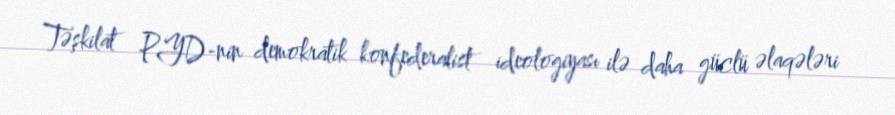
Təşkilat PYD-nin demokratik konfederalist ideologiyası ilə daha güclü əlaqələri